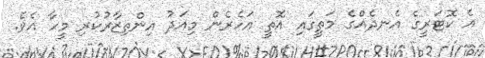
އެ ކޮޓަރީގެ އެނދެއްގެ މަތީގައި އޮތީ އަހެރެން މިއަދު އިންތިޒާރުކުރި މީހާ އެވެ.